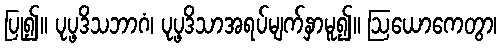
ပြု၍။ ပုပ္ဖဒိသဘာဂံ၊ ပုပ္ဖဒိသာအရပ်မျက်နှာမူ၍။ ဩယောကေတွာ၊